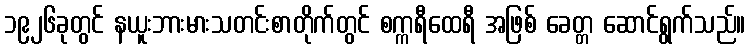
၁၉၂၆ခုတွင် နယူးဘားမားသတင်းစာတိုက်တွင် စက္ကရီထေရီ အဖြစ် ခေတ္တ ဆောင်ရွက်သည်။